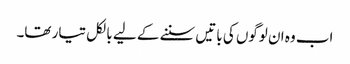
اب وہ ان لوگوں کی باتیں سننے کے لیے بالکل تیار تھا۔